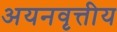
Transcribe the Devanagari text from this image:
अयनवृत्तीय